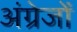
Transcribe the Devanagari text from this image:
अंग्रेजोंं